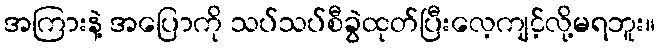
အကြားနဲ့ အပြောကို သပ်သပ်စီခွဲထုတ်ပြီးလေ့ကျင့်လို့မရဘူး။